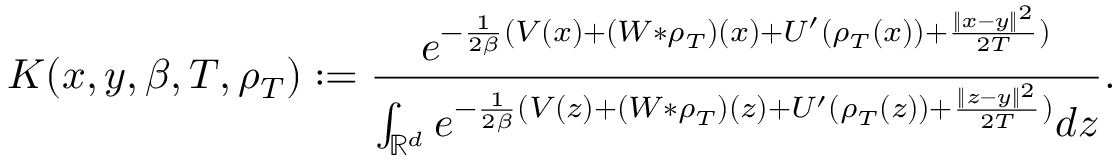
K ( x , y , \beta , T , \rho _ { T } ) : = \frac { e ^ { - \frac { 1 } { 2 \beta } ( V ( x ) + ( W * \rho _ { T } ) ( x ) + U ^ { \prime } ( \rho _ { T } ( x ) ) + \frac { \| x - y \| ^ { 2 } } { 2 T } ) } } { \int _ { \mathbb { R } ^ { d } } e ^ { - \frac { 1 } { 2 \beta } ( V ( z ) + ( W * \rho _ { T } ) ( z ) + U ^ { \prime } ( \rho _ { T } ( z ) ) + \frac { \| z - y \| ^ { 2 } } { 2 T } ) } d z } .